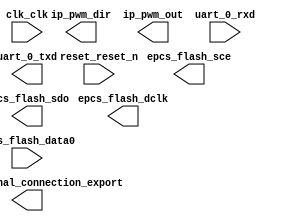

module niosii (
	clk_clk,
	epcs_flash_dclk,
	epcs_flash_sce,
	epcs_flash_sdo,
	epcs_flash_data0,
	ip_pwm_dir,
	ip_pwm_out,
	pio_0_external_connection_export,
	reset_reset_n,
	uart_0_rxd,
	uart_0_txd);	

	input		clk_clk;
	output		epcs_flash_dclk;
	output		epcs_flash_sce;
	output		epcs_flash_sdo;
	input		epcs_flash_data0;
	output	[1:0]	ip_pwm_dir;
	output	[1:0]	ip_pwm_out;
	output	[7:0]	pio_0_external_connection_export;
	input		reset_reset_n;
	input		uart_0_rxd;
	output		uart_0_txd;
endmodule